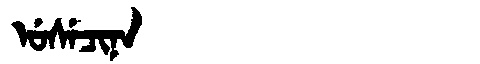
Manchu: ᡠᠰᡝᠴᡳᠨᠠ
Romanization: USECINA